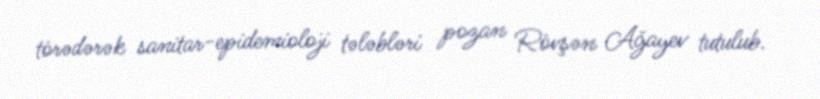
törədərək sanitar-epidemioloji tələbləri pozan Rövşən Ağayev tutulub.